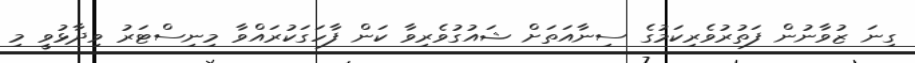
ގިނަ ޒުވާނުން ފަތުރުވެރިކަމުގެ ސިނާއަތަށް ޝައުގުވެރިވާ ކަން ފާހަގަކުރައްވާ މިނިސްޓަރު ވިދާޅުވީ މި